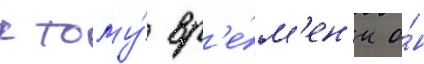
к тому́ вр'е́м'ен'и о́н